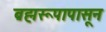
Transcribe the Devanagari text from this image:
ब्रह्मरूपापासून